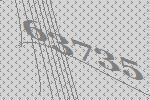
63735